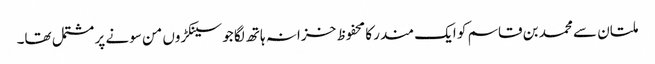
ملتان سے محمد بن قاسم کو ایک مندر کا محفوظ خزانہ ہاتھ لگا جو سینکڑوں من سونے پر مشتمل تھا۔